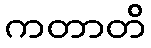
ကတာတိ